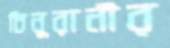
চিনুরানীর